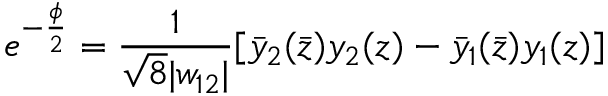
e ^ { - \frac { \phi } { 2 } } = \frac { 1 } { \sqrt { 8 } | w _ { 1 2 } | } [ \bar { y } _ { 2 } ( \bar { z } ) y _ { 2 } ( z ) - \bar { y } _ { 1 } ( \bar { z } ) y _ { 1 } ( z ) ]